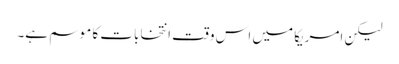
لیکن امریکا میں اس وقت انتخابات کا موسم ہے۔